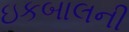
ઇકબાલની